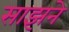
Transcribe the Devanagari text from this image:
साझने